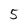
Character: 5